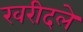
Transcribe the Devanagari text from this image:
खरीदले